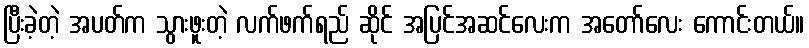
ပြီးခဲ့တဲ့ အပတ်က သွားဖူးတဲ့ လက်ဖက်ရည် ဆိုင် အပြင်အဆင်လေးက အတော်လေး ကောင်းတယ်။